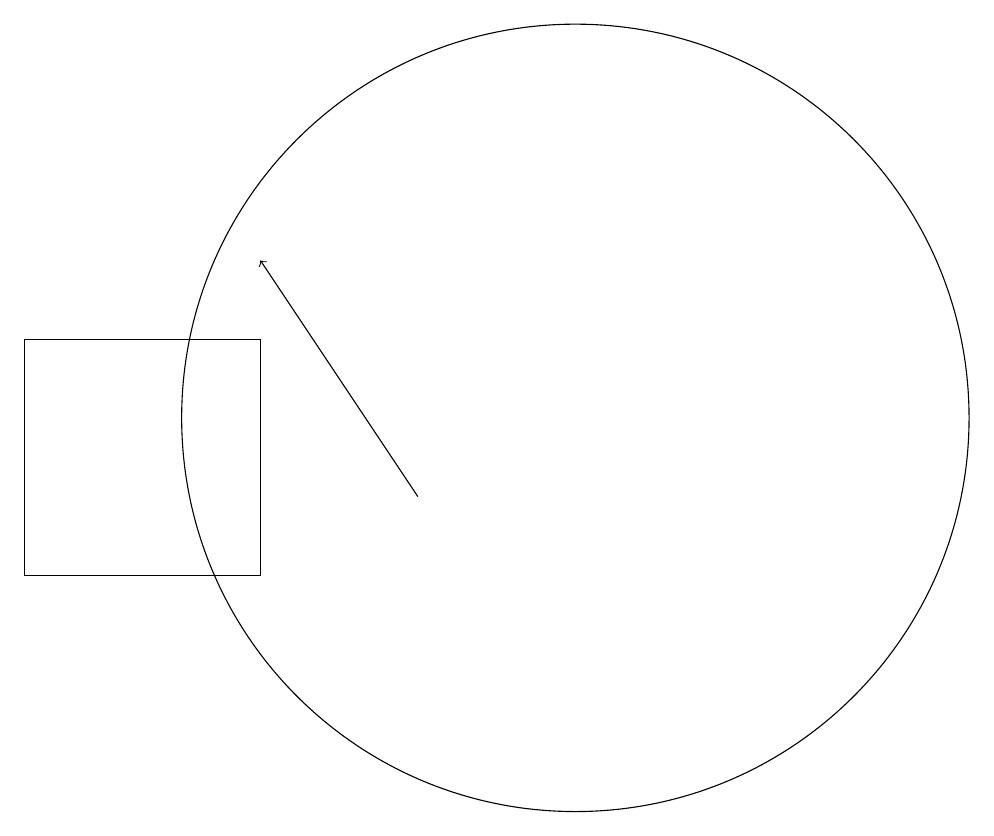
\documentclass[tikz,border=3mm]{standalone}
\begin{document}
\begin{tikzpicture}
\draw (6,13) rectangle (3,10);
\draw[->] (8,11) -- (6,14);
\draw (10,12) circle (5);
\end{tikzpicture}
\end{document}